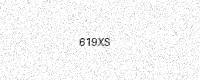
Text: 619XS